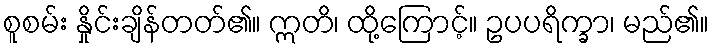
စူစမ်း နှိုင်းချိန်တတ်၏။ ဣတိ၊ ထို့ကြောင့်။ ဥပပရိက္ခာ၊ မည်၏။